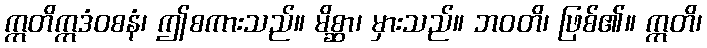
ဣတိဣဒံဝစနံ၊ ဤစကားသည်။ မိစ္ဆာ၊ မှားသည်။ ဘဝတိ၊ ဖြစ်၏။ ဣတိ၊